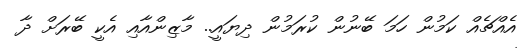
އެއްޗެއް ކަމުން ހަމަ ބޭނުން ކުރަމުން ދިޔައީ.. މާޒިންއާއި އެކީ ބޭރަށް ދާ